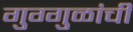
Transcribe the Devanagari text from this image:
गुग्गुळांची